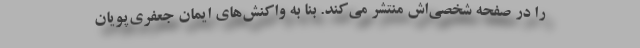
را در صفحه شخصی‌اش منتشر می‌کند. بنا به واکنش‌های ایمان جعفری‌پویان